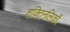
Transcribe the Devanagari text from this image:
शक्तिनलिकों